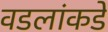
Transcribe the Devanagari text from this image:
वडलांकडे